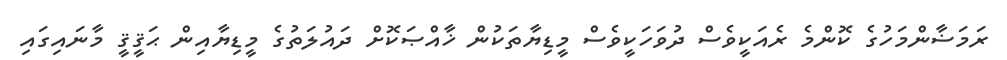
ރަމަޟާންމަހުގެ ކޮންމެ ރެއަކީވެސް ދުވަހަކީވެސް މީޑިޔާތަކުން ޚާއްޞަކޮށް ދައުލަތުގެ މީޑިޔާއިން ޙަޤީޤީ މާނައިގައި